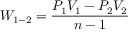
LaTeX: W _ { 1 - 2 } = { \frac { P _ { 1 } V _ { 1 } - P _ { 2 } V _ { 2 } } { n - 1 } }